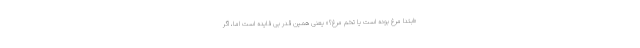
«ابتدا مرغ بوده است یا تخم مرغ؟» یعنی همین قدر بی فایده است اما، اگر